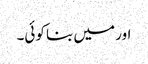
اور میں بنا کوئی۔